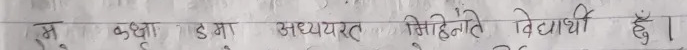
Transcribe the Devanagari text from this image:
मैं कक्षा दसम अध्ययनरत सिंहनादे विद्यार्थी हूँ।